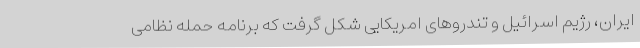
ایران، رژیم اسرائیل و تندروهای امریکایی شکل گرفت که برنامه حمله نظامی